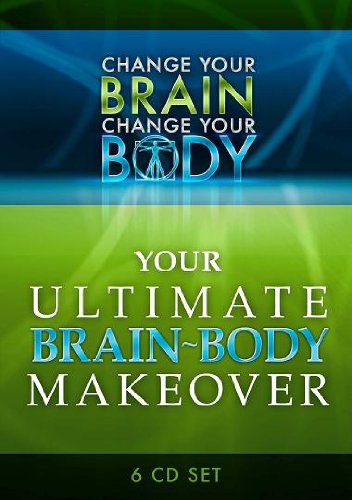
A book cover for Change Your Brain, Change Your Body: Your Ultimate Brain/Body Makeover (6 CD Set); Dr. Daniel Amen; Health, Fitness & Dieting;